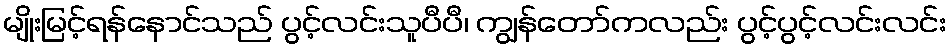
မျိုးမြင့်ရန်နောင်သည် ပွင့်လင်းသူပီပီ၊ ကျွန်တော်ကလည်း ပွင့်ပွင့်လင်းလင်း